Sketch of the medical history of the native army of Bombay, for the year
Year: 1876
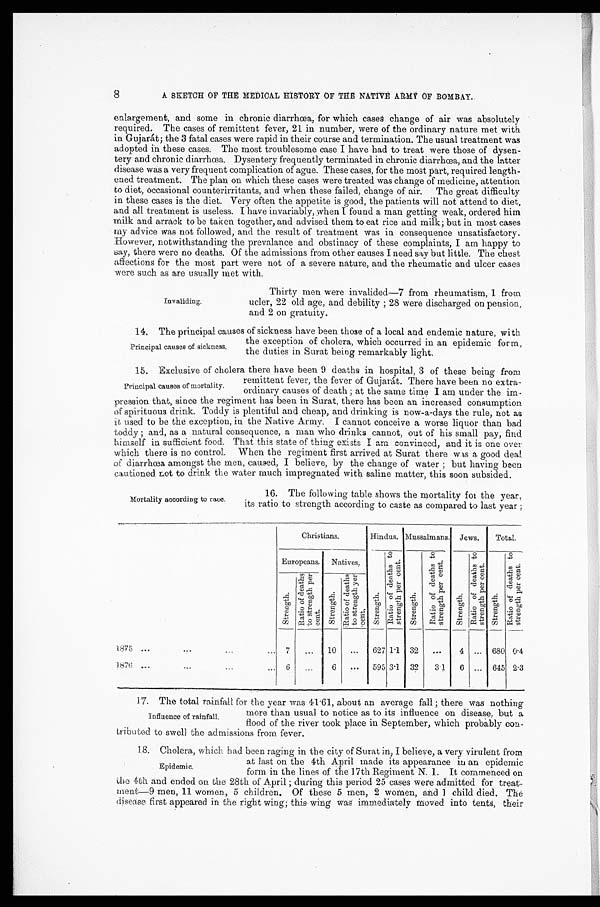
8
A SKETCH OF THE MEDICAL HISTORY OF THE NATIVE ARMY OF BOMBAY.
enlargement, and some in chronic diarrhœa, for which cases change of air was absolutely
required. The cases of remittent fever, 21 in number, were of the ordinary nature met with
in Gujarát ; the 3 fatal cases were rapid in their course and termination. The usual treatment was
adopted in these cases. The most troublesome case I have had to treat were those of dysen-
tery and chronic diarrhœa. Dysentery frequently terminated in chronic diarrhœa, and the latter
disease was a very frequent complication of ague. These cases, for the most part, required length-
ened treatment. The plan on which these cases were treated was change of medicine, attention
to diet, occasional counterirritants, and when these failed, change of air. The great difficulty
in these cases is the diet. Very often the appetite is good, the patients will not attend to diet,
and all treatment is useless. I have invariably, when I found a man getting weak, ordered him
milk and arrack to be taken together, and advised them to eat rice and milk ; but in most cases
my advice was not followed, and the result of treatment was in consequence unsatisfactory.
However, notwithstanding the prevalance and obstinacy of these complaints, I am happy to
say, there were no deaths. Of the admissions from other causes I need say but little. The chest
affections for the most part were not of a severe nature, and the rheumatic and ulcer cases
were such as are usually met with.
Thirty men were invalided—7 from rheumatism, 1 from
ucler, 22 old age, and debility ; 28 were discharged on pension,
and 2 on gratuity.
14. The principal causes of sickness have been those of a local and endemic nature, with
I n v a l i d i n g .
Principal causes of sickness.
the exception of cholera, which occurred in an epidemic form,
the duties in Surat being remarkably light.
15. Exclusive of cholera there have been 9 deaths in hospital, 3 of these being from
remittent fever, the fever of Gujarát. There have been no extra-
ordinary causes of death ; at the same time I am under the im-
pression that, since the regiment has been in Surat, there has been an increased consumption
of spirituous drink. Toddy is plentiful and cheap, and drinking is now-a-days the rule, not as
it used to be the exception, in the Native Army. I cannot conceive a worse liquor than bad
toddy ; and, as a natural consequence, a man who drinks cannot, out of his small pay, find
himself in sufficient food. That this state of thing exists I am convinced, and it is one over
which there is no control. When the regiment first arrived at Surat there was a good deal
of diarrhœa amongst the men, caused, I believe, by the change of water ; but having been.
cautioned not to drink the water much impregnated with saline matter, this soon subsided.
Principal causes of mortality.
Mortality according to race.
16. The following table shows the mortality for the year.
its ratio to strength according to caste as compared to last year ;
Christians.
Hindus. Mussalmans. Jews.
Total.
Europeans.
N a t i v e s .
St rengt h.
R a t i o o f d e a t h s t o s t r e n g t h p e r c e n t .
S t r e n g t h .
R a t i o o f d e a t h s t o s t r e n g t h p e r c e n t .
S t r e n g t h .
R a t i o o f d e a t h s t o s t r e n g t h p e r c e n t .
St r engt h.
R a t i o o f d e a t h s t o s t r e n g t h p e r c e n t .
S t r e n g t h .
R a t i o o f d e a t h s t o s t r e n g t h p e r c e n t .
S t r e n g t h .
R a t i o o f d e a t h s t o s t r e n g t h . y e r c e n t .
1875 . . .
. . .
. . .
. . .
7
...
1 0
...
627 1 . 1 32
. . .
4
. . .
680 0
.
4
1876 ...
...
...
. . . 6
. . .
6
. . .
595 3
.
1 32
3
.
1
6
. . .
645 2
.
3
17. The total rainfall for the year was 41 . 61, about an average fall ; there was nothing
Influence of rainfall.
more than usual to notice as to its influence on disease, but a
flood of the river took place in September, which probably con-
tributed to swell the admissions from fever.
18. Cholera, which had been raging in the city of Surat in, I believe, a very virulent from
Epidemic.
at last on the 4th April made its appearance in an epidemic
form in the lines of the 17th Regiment N. I. It commenced on
the 4th and ended on the 28th of April ; during this period 25 cases were admitted for treat-
ment—9 men, 11 women, 5 children. Of these 5 men, 2 women, and 1 child died. The
disease first appeared in the right wing ; this wing was immediately moved into tents, their